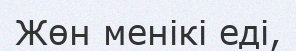
Жөн менікі еді,